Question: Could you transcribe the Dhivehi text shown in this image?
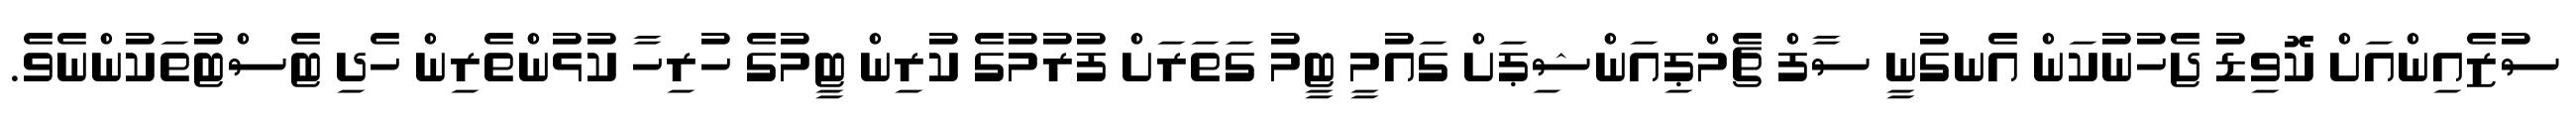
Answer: ސުޒެއިންއަށް ކޮވިޑު ޖެހުނުކަން އެނގުނީ ސާފް ޗެމްޕިއަންޝިޕަށް ގައުމީ ޓީމު ގަތަރަށް ފުރުމުގެ ކުރިން ޓީމުގެ ހުރިހާ ކުޅުންތެރިން ހެދި ޓެސްޓުތަކުންނެވެ.